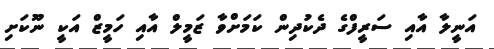
އަނީލާ އާއި ސަރީފްގެ ދެކުދިން ކަމަށްވާ ޒަމީލް އާއި ހަމީޒް އަކީ ނޫކަށި